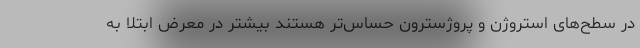
در سطح‌های استروژن و پروژسترون حساس‌تر هستند بیشتر در معرض ابتلا به